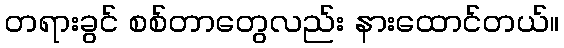
တရားခွင် စစ်တာတွေလည်း နားထောင်တယ်။